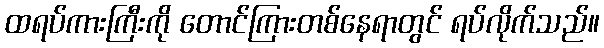
ထရပ်ကားကြီးကို တောင်ကြားတစ်နေရာတွင် ရပ်လိုက်သည်။